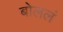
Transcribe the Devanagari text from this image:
बोललं